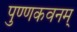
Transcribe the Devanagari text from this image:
पुण्णकवनम्